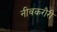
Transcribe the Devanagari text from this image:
नीवकरौरी